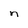
Character: n